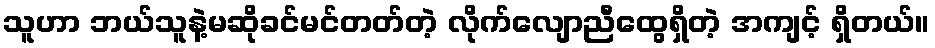
သူဟာ ဘယ်သူနဲ့မဆိုခင်မင်တတ်တဲ့ လိုက်လျောညီထွေရှိတဲ့ အကျင့် ရှိတယ်။